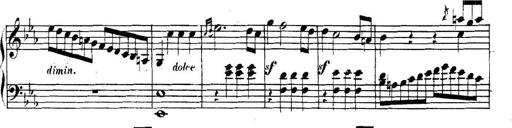
Title: Collected Piano Sonatas
Composer: Muzio Clementi